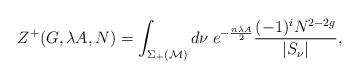
LaTeX: \begin{align*}Z ^+(G,\lambda A, N) = \int_{\Sigma_+ ({\cal M})} d \nu\; e^{- \frac{n \lambda A}{2} }\frac{(-1)^{i} N^{2 -2 g}}{ |S_\nu |} ,\end{align*}